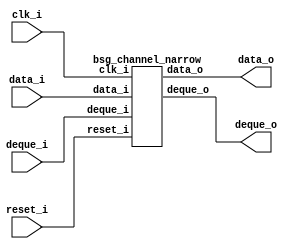


module top
(
  clk_i,
  reset_i,
  data_i,
  deque_o,
  data_o,
  deque_i
);

  input [31:0] data_i;
  output [31:0] data_o;
  input clk_i;
  input reset_i;
  input deque_i;
  output deque_o;

  bsg_channel_narrow
  wrapper
  (
    .data_i(data_i),
    .data_o(data_o),
    .clk_i(clk_i),
    .reset_i(reset_i),
    .deque_i(deque_i),
    .deque_o(deque_o)
  );


endmodule



module bsg_channel_narrow
(
  clk_i,
  reset_i,
  data_i,
  deque_o,
  data_o,
  deque_i
);

  input [31:0] data_i;
  output [31:0] data_o;
  input clk_i;
  input reset_i;
  input deque_i;
  output deque_o;
  wire [31:0] data_o;
  wire deque_o,deque_i;
  assign deque_o = deque_i;
  assign data_o[31] = data_i[31];
  assign data_o[30] = data_i[30];
  assign data_o[29] = data_i[29];
  assign data_o[28] = data_i[28];
  assign data_o[27] = data_i[27];
  assign data_o[26] = data_i[26];
  assign data_o[25] = data_i[25];
  assign data_o[24] = data_i[24];
  assign data_o[23] = data_i[23];
  assign data_o[22] = data_i[22];
  assign data_o[21] = data_i[21];
  assign data_o[20] = data_i[20];
  assign data_o[19] = data_i[19];
  assign data_o[18] = data_i[18];
  assign data_o[17] = data_i[17];
  assign data_o[16] = data_i[16];
  assign data_o[15] = data_i[15];
  assign data_o[14] = data_i[14];
  assign data_o[13] = data_i[13];
  assign data_o[12] = data_i[12];
  assign data_o[11] = data_i[11];
  assign data_o[10] = data_i[10];
  assign data_o[9] = data_i[9];
  assign data_o[8] = data_i[8];
  assign data_o[7] = data_i[7];
  assign data_o[6] = data_i[6];
  assign data_o[5] = data_i[5];
  assign data_o[4] = data_i[4];
  assign data_o[3] = data_i[3];
  assign data_o[2] = data_i[2];
  assign data_o[1] = data_i[1];
  assign data_o[0] = data_i[0];

endmodule